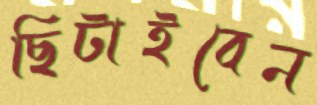
ছিটাইবেন